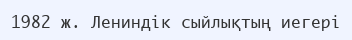
1982 ж. Лениндік сыйлықтың иегері